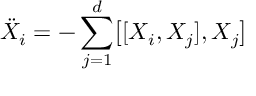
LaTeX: { \ddot { X } _ { i } } = - \sum _ { j = 1 } ^ { d } \bigl [ [ X _ { i } , X _ { j } ] , X _ { j } \bigr ]